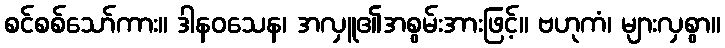
စင်စစ်သော်ကား။ ဒါနဝသေန၊ အလှူ၏အစွမ်းအားဖြင့်။ ဗဟုကံ၊ များလှစွာ။